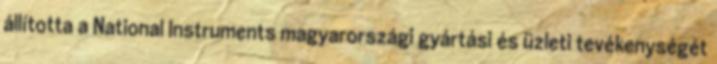
állította a National Instruments magyarországi gyártási és üzleti tevékenységét